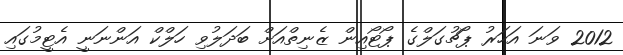
2012 ވަނަ އަހަރު ޕޯޗުގަލްގެ ޕޯޓޯއިން ޒެނިތްއަށް ބަދަލުވި ހަލްކް އަންނަނީ އެޓީމުގައި